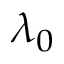
\lambda _ { 0 }